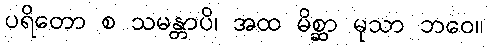
ပရိတော စ သမန္တာပိ၊ အထ မိစ္ဆာ မုသာ ဘဝေ။